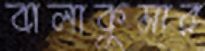
বালাকুমার